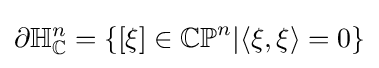
\partial \mathbb {H} _{\mathbb {C} }^{n}=\{[\xi ]\in \mathbb {CP} ^{n}|\langle \xi ,\xi \rangle =0\}